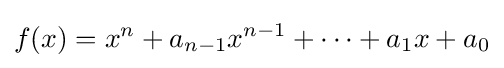
f(x)=x^{n}+a_{n-1}x^{n-1}+\cdots +a_{1}x+a_{0}